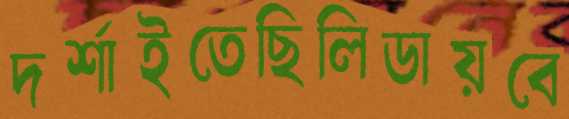
দর্শাইতেছিলিডায়বে